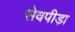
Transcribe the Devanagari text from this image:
सेवपीड़ा